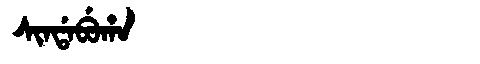
Manchu: ᠰᡳᠨᡩᠠᠪᡠᡥᠠ
Romanization: SINDABUHA